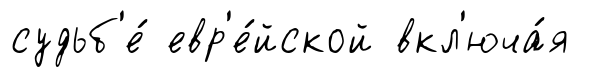
судьб'е́ евр'е́йской вкл'юча́я